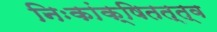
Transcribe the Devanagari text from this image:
निःकांक्षितत्त्व